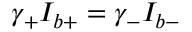
\gamma _ { + } I _ { b + } = \gamma _ { - } I _ { b - }